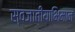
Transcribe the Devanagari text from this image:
स्वजातीयाभिमान